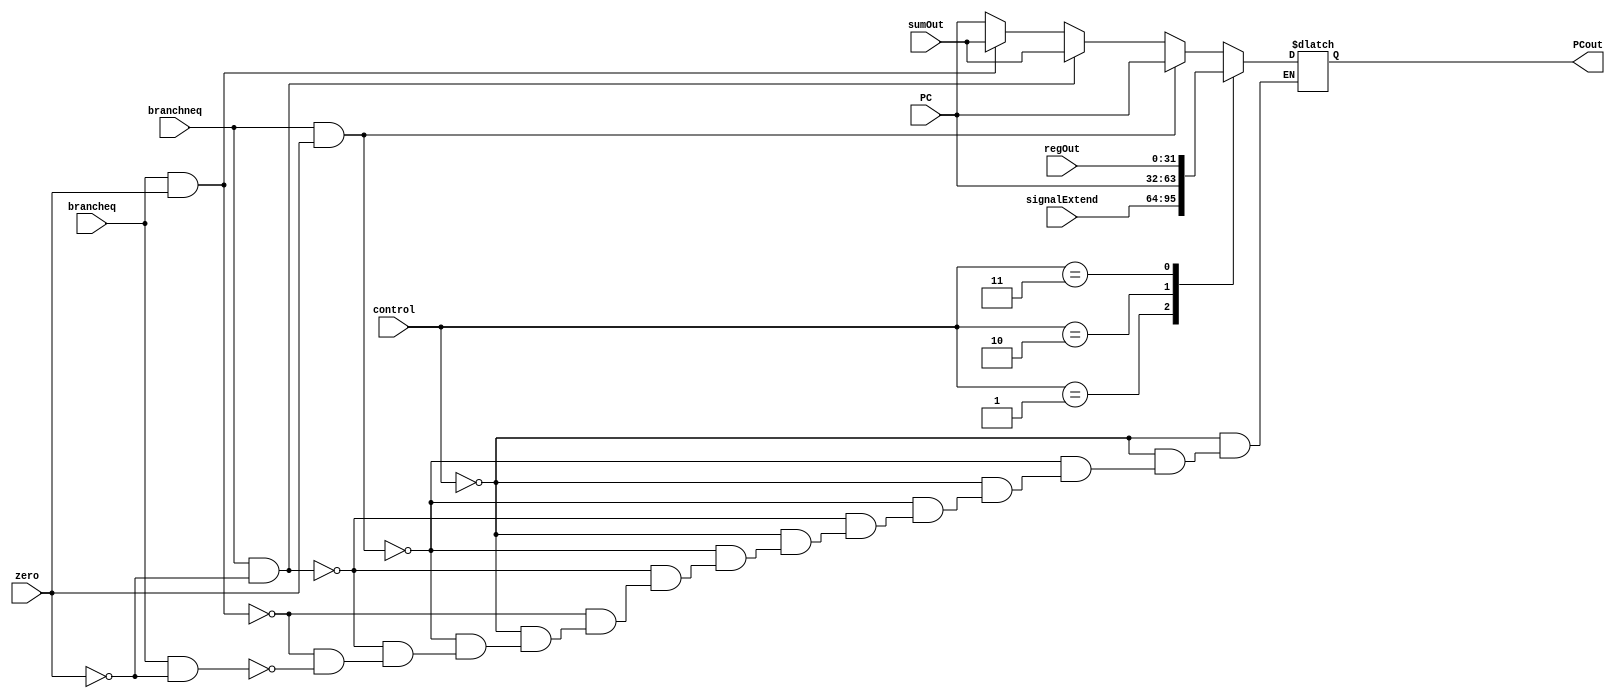
module MUX4(zero,signalExtend,brancheq,branchneq,sumOut,regOut,PC,PCout,control);

input zero,brancheq,branchneq;
input [1:0] control;
input [31:0] PC, signalExtend, sumOut,regOut;
output reg[31:0] PCout;

always @(zero or brancheq or branchneq or control or PC or signalExtend or sumOut or regOut)

		case(control[1:0])
			 2'b00:
				begin
					if(branchneq == 1 && zero == 1)
						PCout = PC;
					else if(branchneq == 1 && zero == 0) 
								PCout = sumOut;
					else if(brancheq == 1 && zero == 1)
								PCout= sumOut;
					else if(brancheq == 1 && zero == 0)
								PCout= PC;
				 end
			 2'b01: PCout = signalExtend;
			 2'b10: PCout= PC;
			 2'b11: PCout= regOut;
		endcase
		
endmodule